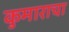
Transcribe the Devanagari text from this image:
कुमाराचा